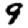
Digit: 9